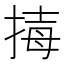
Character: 𢮇